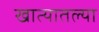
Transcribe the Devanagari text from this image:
खात्यातल्या